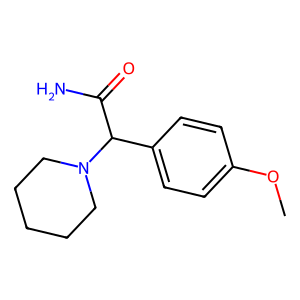
SMILES: COc1ccc(C(C(N)=O)N2CCCCC2)cc1
Inhibits HIV replication: No